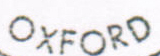
OXFORD